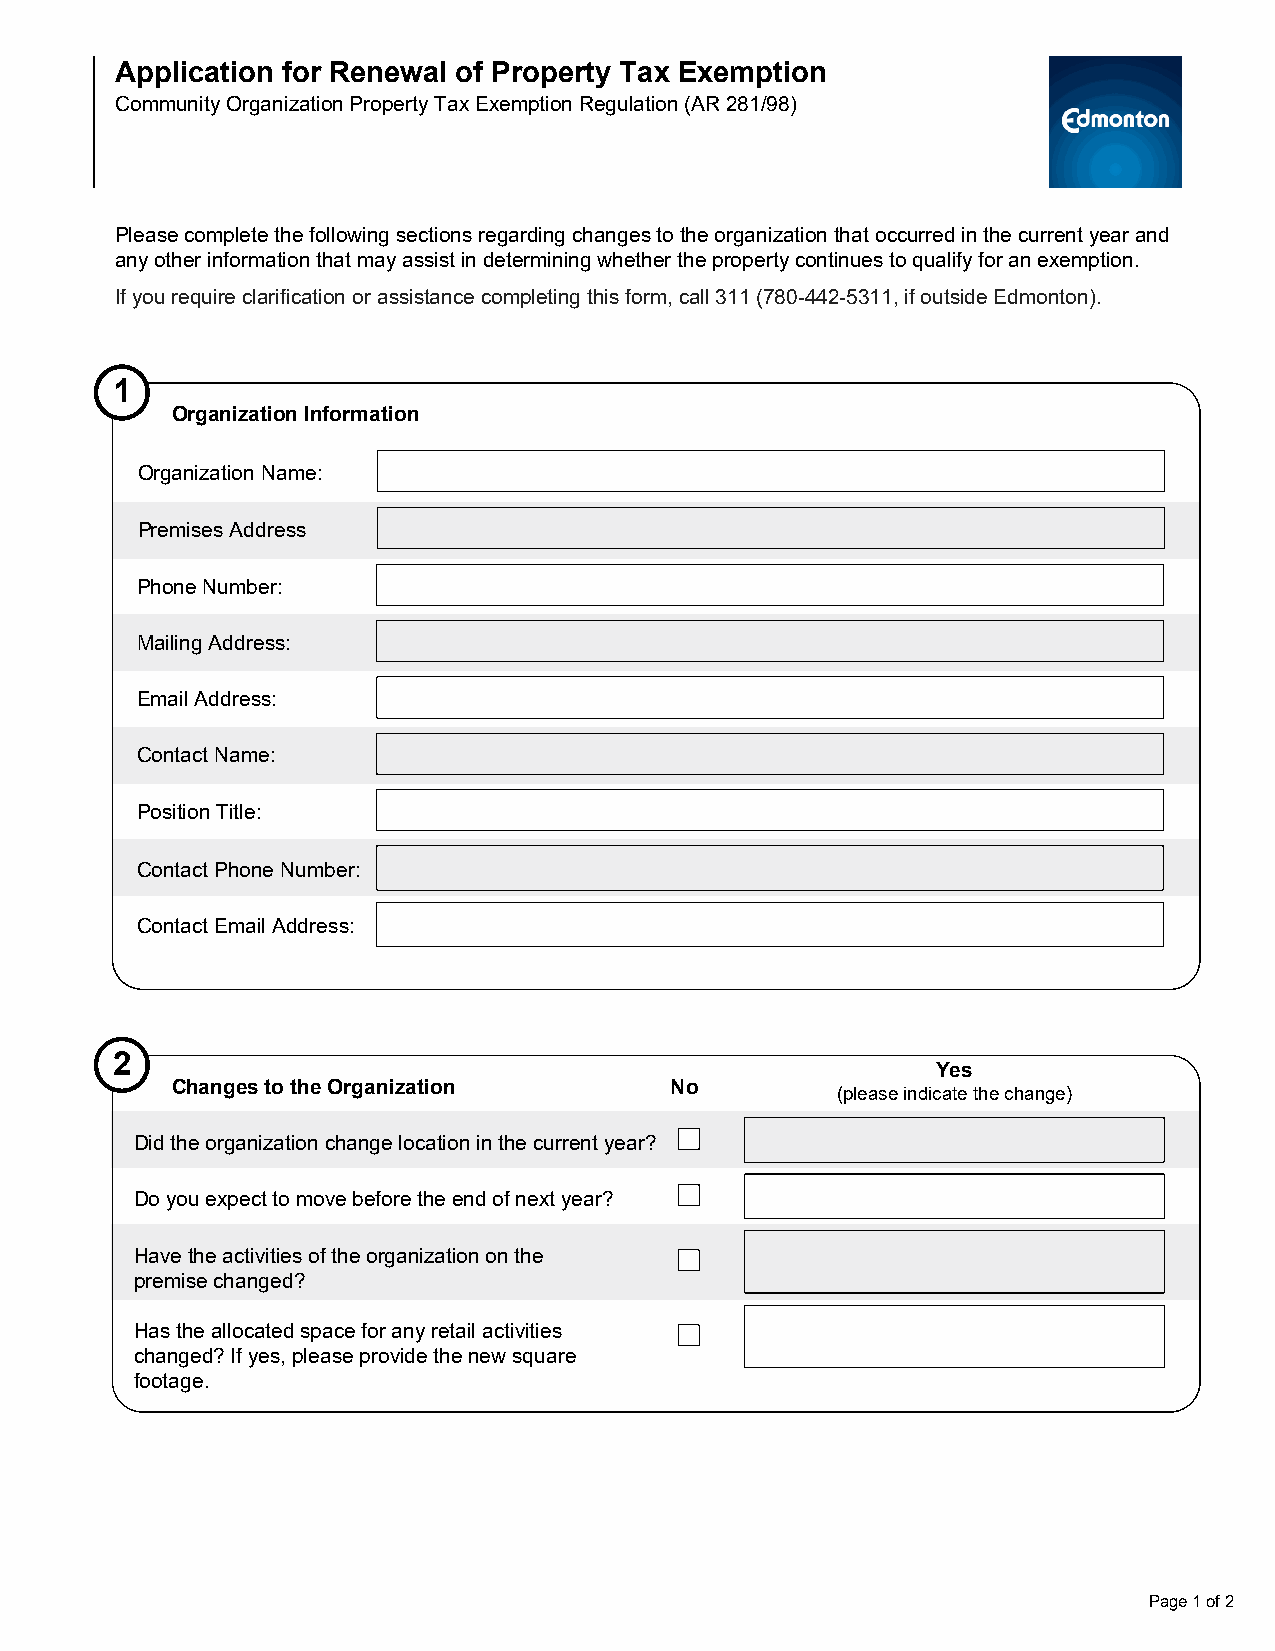
Application for Renewal of Property Tax Exemption
 Community Organization Property Tax Exemption Regulation (AR 281/98)
 Please complete the following sections regarding changes to the organization that occurred in the current year and
 any other information that may assist in determining whether the property continues to qualify for an exemption.
 If you require clarification or assistance completing this form, call 311 (780-442-5311, if outside Edmonton).
 1
 Organization Information
 Organization Name:
 Premises Address
 Phone Number:
 Mailing Address:
 Email Address:
 Contact Name:
 Position Title:
 Contact Phone Number:
 Contact Email Address:
 2
 Yes
 Changes to the Organization      No
 (please indicate the change)
 Did the organization change location in the current year?
 Do you expect to move before the end of next year?
 Have the activities of the organization on the
 premise changed?
 Has the allocated space for any retail activities
 changed? If yes, please provide the new square
 footage.
 Page 1 of 2